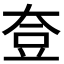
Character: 𡘰